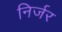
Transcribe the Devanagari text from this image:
निर्जर